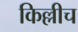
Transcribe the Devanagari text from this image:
किल्लीच